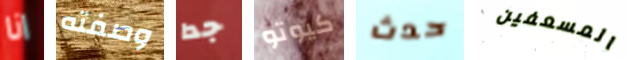
انا وصفته جدا كيوتو حدث المسعفين